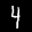
Label: 4